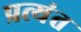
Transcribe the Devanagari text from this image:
प्रत्‍यंत